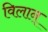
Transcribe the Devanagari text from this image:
विलान्